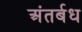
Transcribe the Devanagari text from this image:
अंतर्बध